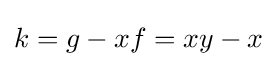
k=g-xf=xy-x